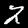
Digit: 2